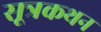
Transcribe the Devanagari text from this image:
सूत्रकथन